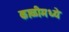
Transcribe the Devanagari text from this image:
काळीमध्ये